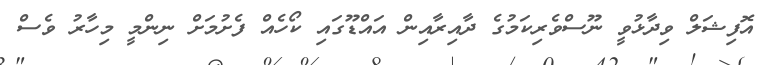
އޮފިޝަލް ވިދާޅުވީ ނޫސްވެރިކަމުގެ ދާއިރާއިން އައްޑޫގައި ކޯހެއް ފެށުމަށް ނިންމީ މިހާރު ވެސް